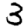
Digit: 3